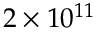
2 \times 1 0 ^ { 1 1 }